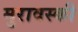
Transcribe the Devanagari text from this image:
मुरावस्की